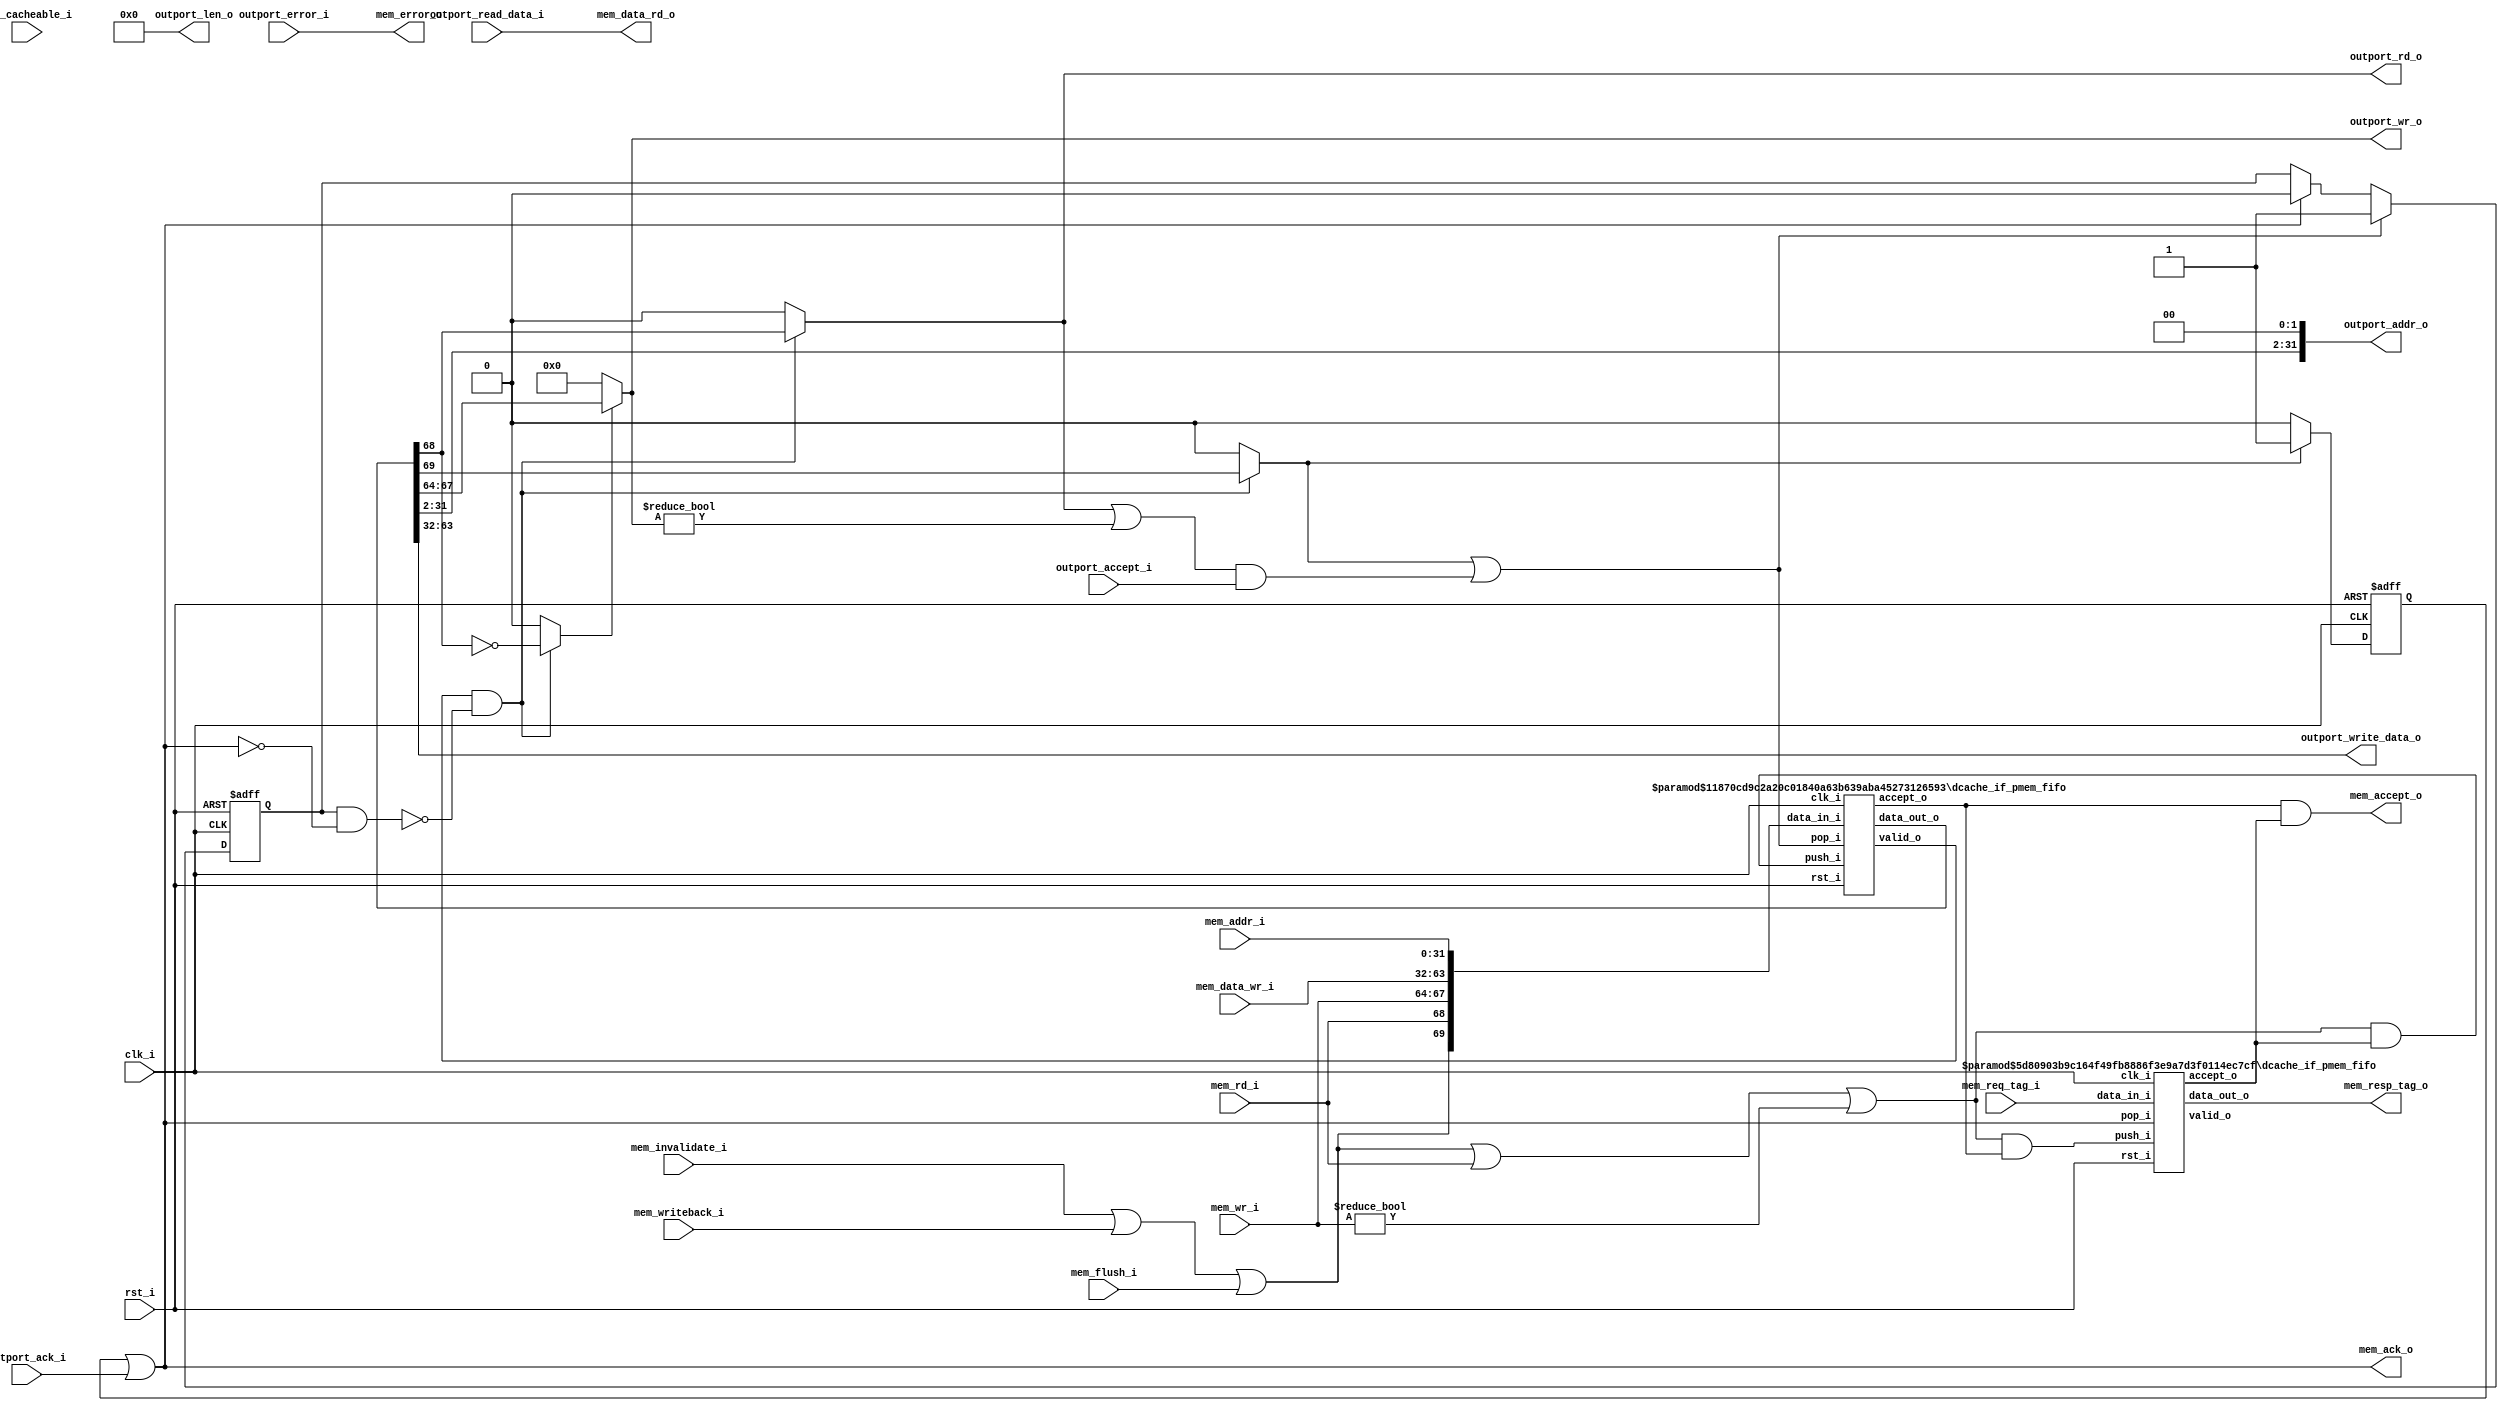
//-----------------------------------------------------------------
//                         RISC-V Top
//                            V0.6
//                     Ultra-Embedded.com
//                     Copyright 2014-2019
//
//                   admin@ultra-embedded.com
//
//                       License: BSD
//-----------------------------------------------------------------
//
// Copyright (c) 2014, Ultra-Embedded.com
// All rights reserved.
// 
// Redistribution and use in source and binary forms, with or without
// modification, are permitted provided that the following conditions 
// are met:
//   - Redistributions of source code must retain the above copyright
//     notice, this list of conditions and the following disclaimer.
//   - Redistributions in binary form must reproduce the above copyright
//     notice, this list of conditions and the following disclaimer 
//     in the documentation and/or other materials provided with the 
//     distribution.
//   - Neither the name of the author nor the names of its contributors 
//     may be used to endorse or promote products derived from this 
//     software without specific prior written permission.
// 
// THIS SOFTWARE IS PROVIDED BY THE COPYRIGHT HOLDERS AND CONTRIBUTORS 
// "AS IS" AND ANY EXPRESS OR IMPLIED WARRANTIES, INCLUDING, BUT NOT 
// LIMITED TO, THE IMPLIED WARRANTIES OF MERCHANTABILITY AND FITNESS FOR 
// A PARTICULAR PURPOSE ARE DISCLAIMED. IN NO EVENT SHALL THE AUTHOR BE 
// LIABLE FOR ANY DIRECT, INDIRECT, INCIDENTAL, SPECIAL, EXEMPLARY, OR 
// CONSEQUENTIAL DAMAGES (INCLUDING, BUT NOT LIMITED TO, PROCUREMENT OF 
// SUBSTITUTE GOODS OR SERVICES; LOSS OF USE, DATA, OR PROFITS; OR 
// BUSINESS INTERRUPTION) HOWEVER CAUSED AND ON ANY THEORY OF 
// LIABILITY, WHETHER IN CONTRACT, STRICT LIABILITY, OR TORT
// (INCLUDING NEGLIGENCE OR OTHERWISE) ARISING IN ANY WAY OUT OF 
// THE USE OF THIS SOFTWARE, EVEN IF ADVISED OF THE POSSIBILITY OF 
// SUCH DAMAGE.
//-----------------------------------------------------------------

//-----------------------------------------------------------------
//                          Generated File
//-----------------------------------------------------------------
module dcache_if_pmem
(
    // Inputs
     input           clk_i
    ,input           rst_i
    ,input  [ 31:0]  mem_addr_i
    ,input  [ 31:0]  mem_data_wr_i
    ,input           mem_rd_i
    ,input  [  3:0]  mem_wr_i
    ,input           mem_cacheable_i
    ,input  [ 10:0]  mem_req_tag_i
    ,input           mem_invalidate_i
    ,input           mem_writeback_i
    ,input           mem_flush_i
    ,input           outport_accept_i
    ,input           outport_ack_i
    ,input           outport_error_i
    ,input  [ 31:0]  outport_read_data_i

    // Outputs
    ,output [ 31:0]  mem_data_rd_o
    ,output          mem_accept_o
    ,output          mem_ack_o
    ,output          mem_error_o
    ,output [ 10:0]  mem_resp_tag_o
    ,output [  3:0]  outport_wr_o
    ,output          outport_rd_o
    ,output [  7:0]  outport_len_o
    ,output [ 31:0]  outport_addr_o
    ,output [ 31:0]  outport_write_data_o
);





//-------------------------------------------------------------
// Description:
// Bridges between dcache_if -> AXI4/AXI4-Lite.
// Allows 1 outstanding transaction, but can buffer upto 
// REQUEST_BUFFER dcache_if requests before back-pressuring.
//-------------------------------------------------------------

//-------------------------------------------------------------
// Request FIFO
//-------------------------------------------------------------
// Accepts from both FIFOs
wire          res_accept_w;
wire          req_accept_w;

// Output accept
wire          request_complete_w;

wire          req_pop_w   = request_complete_w;
wire          req_valid_w;
wire [70-1:0] req_w;

// Cache requests are dropped
// NOTE: Should not actually end up here if configured correctly.
wire          drop_req_w   = mem_invalidate_i || mem_writeback_i || mem_flush_i;
wire          request_w    = drop_req_w || mem_rd_i || mem_wr_i != 4'b0;

// Push on transaction and other FIFO not full
wire          req_push_w   = request_w && res_accept_w;

dcache_if_pmem_fifo
#( 
    .WIDTH(32+32+4+1+1),
    .DEPTH(2),
    .ADDR_W(1)
)
u_req
(
    .clk_i(clk_i),
    .rst_i(rst_i),

    // Input side
    .data_in_i({drop_req_w, mem_rd_i, mem_wr_i, mem_data_wr_i, mem_addr_i}),
    .push_i(req_push_w),
    .accept_o(req_accept_w),

    // Outputs
    .valid_o(req_valid_w),
    .data_out_o(req_w),
    .pop_i(req_pop_w)
);

assign mem_accept_o = req_accept_w & res_accept_w;

//-------------------------------------------------------------
// Response Tracking FIFO
//-------------------------------------------------------------
// Push on transaction and other FIFO not full
wire res_push_w = request_w && req_accept_w;

dcache_if_pmem_fifo
#( 
    .WIDTH(11),
    .DEPTH(2),
    .ADDR_W(1)
)
u_resp
(
    .clk_i(clk_i),
    .rst_i(rst_i),

    // Input side
    .data_in_i(mem_req_tag_i),
    .push_i(res_push_w),
    .accept_o(res_accept_w),

    // Outputs
    .valid_o(), // UNUSED
    .data_out_o(mem_resp_tag_o),
    .pop_i(mem_ack_o)
);

//-------------------------------------------------------------
// Request
//-------------------------------------------------------------
reg  request_pending_q;
wire request_in_progress_w  = request_pending_q & !mem_ack_o;

wire req_is_read_w          = ((req_valid_w & !request_in_progress_w) ? req_w[68] : 1'b0);
wire req_is_write_w         = ((req_valid_w & !request_in_progress_w) ? ~req_w[68] : 1'b0);
wire req_is_drop_w          = ((req_valid_w & !request_in_progress_w) ? req_w[69] : 1'b0);

assign outport_wr_o         = req_is_write_w ? req_w[67:64] : 4'b0;
assign outport_rd_o         = req_is_read_w;
assign outport_len_o        = 8'd0;
assign outport_addr_o       = {req_w[31:2], 2'b0};
assign outport_write_data_o = req_w[63:32];

assign request_complete_w   = req_is_drop_w || ((outport_rd_o || outport_wr_o != 4'b0) && outport_accept_i);

// Outstanding Request Tracking
always @ (posedge clk_i or posedge rst_i)
if (rst_i)
    request_pending_q <= 1'b0;
else if (request_complete_w)
    request_pending_q <= 1'b1;
else if (mem_ack_o)
    request_pending_q <= 1'b0;

//-------------------------------------------------------------
// Response
//-------------------------------------------------------------
reg dropped_q;

always @ (posedge clk_i or posedge rst_i)
if (rst_i)
    dropped_q <= 1'b0;
else if (req_is_drop_w)
    dropped_q <= 1'b1;
else
    dropped_q <= 1'b0;

assign mem_ack_o     = dropped_q || outport_ack_i;
assign mem_data_rd_o = outport_read_data_i;
assign mem_error_o   = outport_error_i;


endmodule

module dcache_if_pmem_fifo
//-----------------------------------------------------------------
// Params
//-----------------------------------------------------------------
#(
    parameter WIDTH   = 8,
    parameter DEPTH   = 4,
    parameter ADDR_W  = 2
)
//-----------------------------------------------------------------
// Ports
//-----------------------------------------------------------------
(
    // Inputs
     input               clk_i
    ,input               rst_i
    ,input  [WIDTH-1:0]  data_in_i
    ,input               push_i
    ,input               pop_i

    // Outputs
    ,output [WIDTH-1:0]  data_out_o
    ,output              accept_o
    ,output              valid_o
);

//-----------------------------------------------------------------
// Local Params
//-----------------------------------------------------------------
localparam COUNT_W = ADDR_W + 1;

//-----------------------------------------------------------------
// Registers
//-----------------------------------------------------------------
reg [WIDTH-1:0]   ram_q[DEPTH-1:0];
reg [ADDR_W-1:0]  rd_ptr_q;
reg [ADDR_W-1:0]  wr_ptr_q;
reg [COUNT_W-1:0] count_q;

//-----------------------------------------------------------------
// Sequential
//-----------------------------------------------------------------
always @ (posedge clk_i or posedge rst_i)
if (rst_i)
begin
    count_q   <= {(COUNT_W) {1'b0}};
    rd_ptr_q  <= {(ADDR_W) {1'b0}};
    wr_ptr_q  <= {(ADDR_W) {1'b0}};
end
else
begin
    // Push
    if (push_i & accept_o)
    begin
        ram_q[wr_ptr_q] <= data_in_i;
        wr_ptr_q        <= wr_ptr_q + 1;
    end

    // Pop
    if (pop_i & valid_o)
        rd_ptr_q      <= rd_ptr_q + 1;

    // Count up
    if ((push_i & accept_o) & ~(pop_i & valid_o))
        count_q <= count_q + 1;
    // Count down
    else if (~(push_i & accept_o) & (pop_i & valid_o))
        count_q <= count_q - 1;
end

//-------------------------------------------------------------------
// Combinatorial
//-------------------------------------------------------------------
/* verilator lint_off WIDTH */
assign valid_o       = (count_q != 0);
assign accept_o      = (count_q != DEPTH);
/* verilator lint_on WIDTH */

assign data_out_o    = ram_q[rd_ptr_q];



endmodule